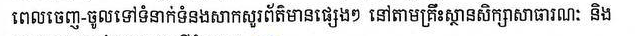
ពេលចេញ-ចូលទៅទំនាក់ទំនងសាកសួរ​ព័ត៌មានផ្សេងៗ នៅតាមគ្រឹះស្ថានសិក្សាសាធារណៈ និង